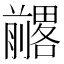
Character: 𱐨